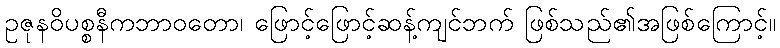
ဥဇုနဝိပစ္စနီကဘာဝတော၊ ဖြောင့်ဖြောင့်ဆန့်ကျင်ဘက် ဖြစ်သည်၏အဖြစ်ကြောင့်။